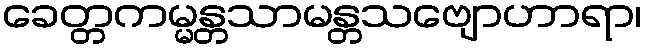
ခေတ္တကမ္မန္တသာမန္တသဗျောဟာရာ၊